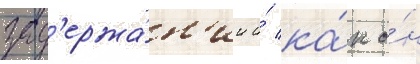
зад'ержа́н'ии и́ ка́к о́н